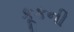
કૂકની